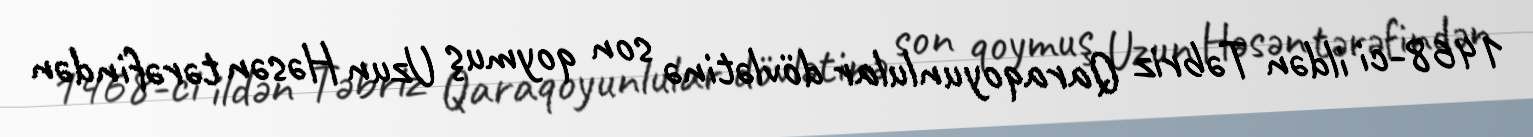
1468-ci ildən Təbriz Qaraqoyunlular dövlətinə son qoymuş Uzun Həsən tərəfindən